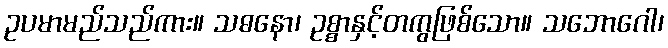
ဥပမာမည်သည်ကား။ သဓနော၊ ဥစ္စာနှင့်တကွဖြစ်သော။ သဘောဂေါ၊